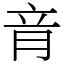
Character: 𦚏